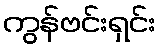
ကွန်ဗင်းရှင်း